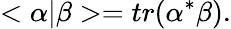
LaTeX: <\alpha\vert\beta>=tr(\alpha^{*}\beta).